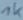
Text: 1K